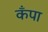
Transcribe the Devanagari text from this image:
कँपा